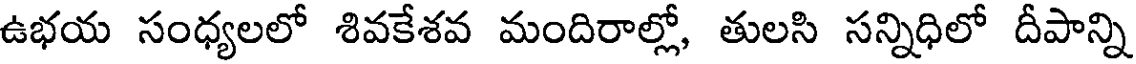
ఉభయ సంధ్యలలో శివకేశవ మందిరాల్లో, తులసి సన్నిధిలో దీపాన్ని